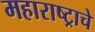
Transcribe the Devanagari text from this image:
महाराष्‍ट्राचे